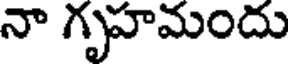
నా గృహమందు